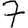
Digit: 7